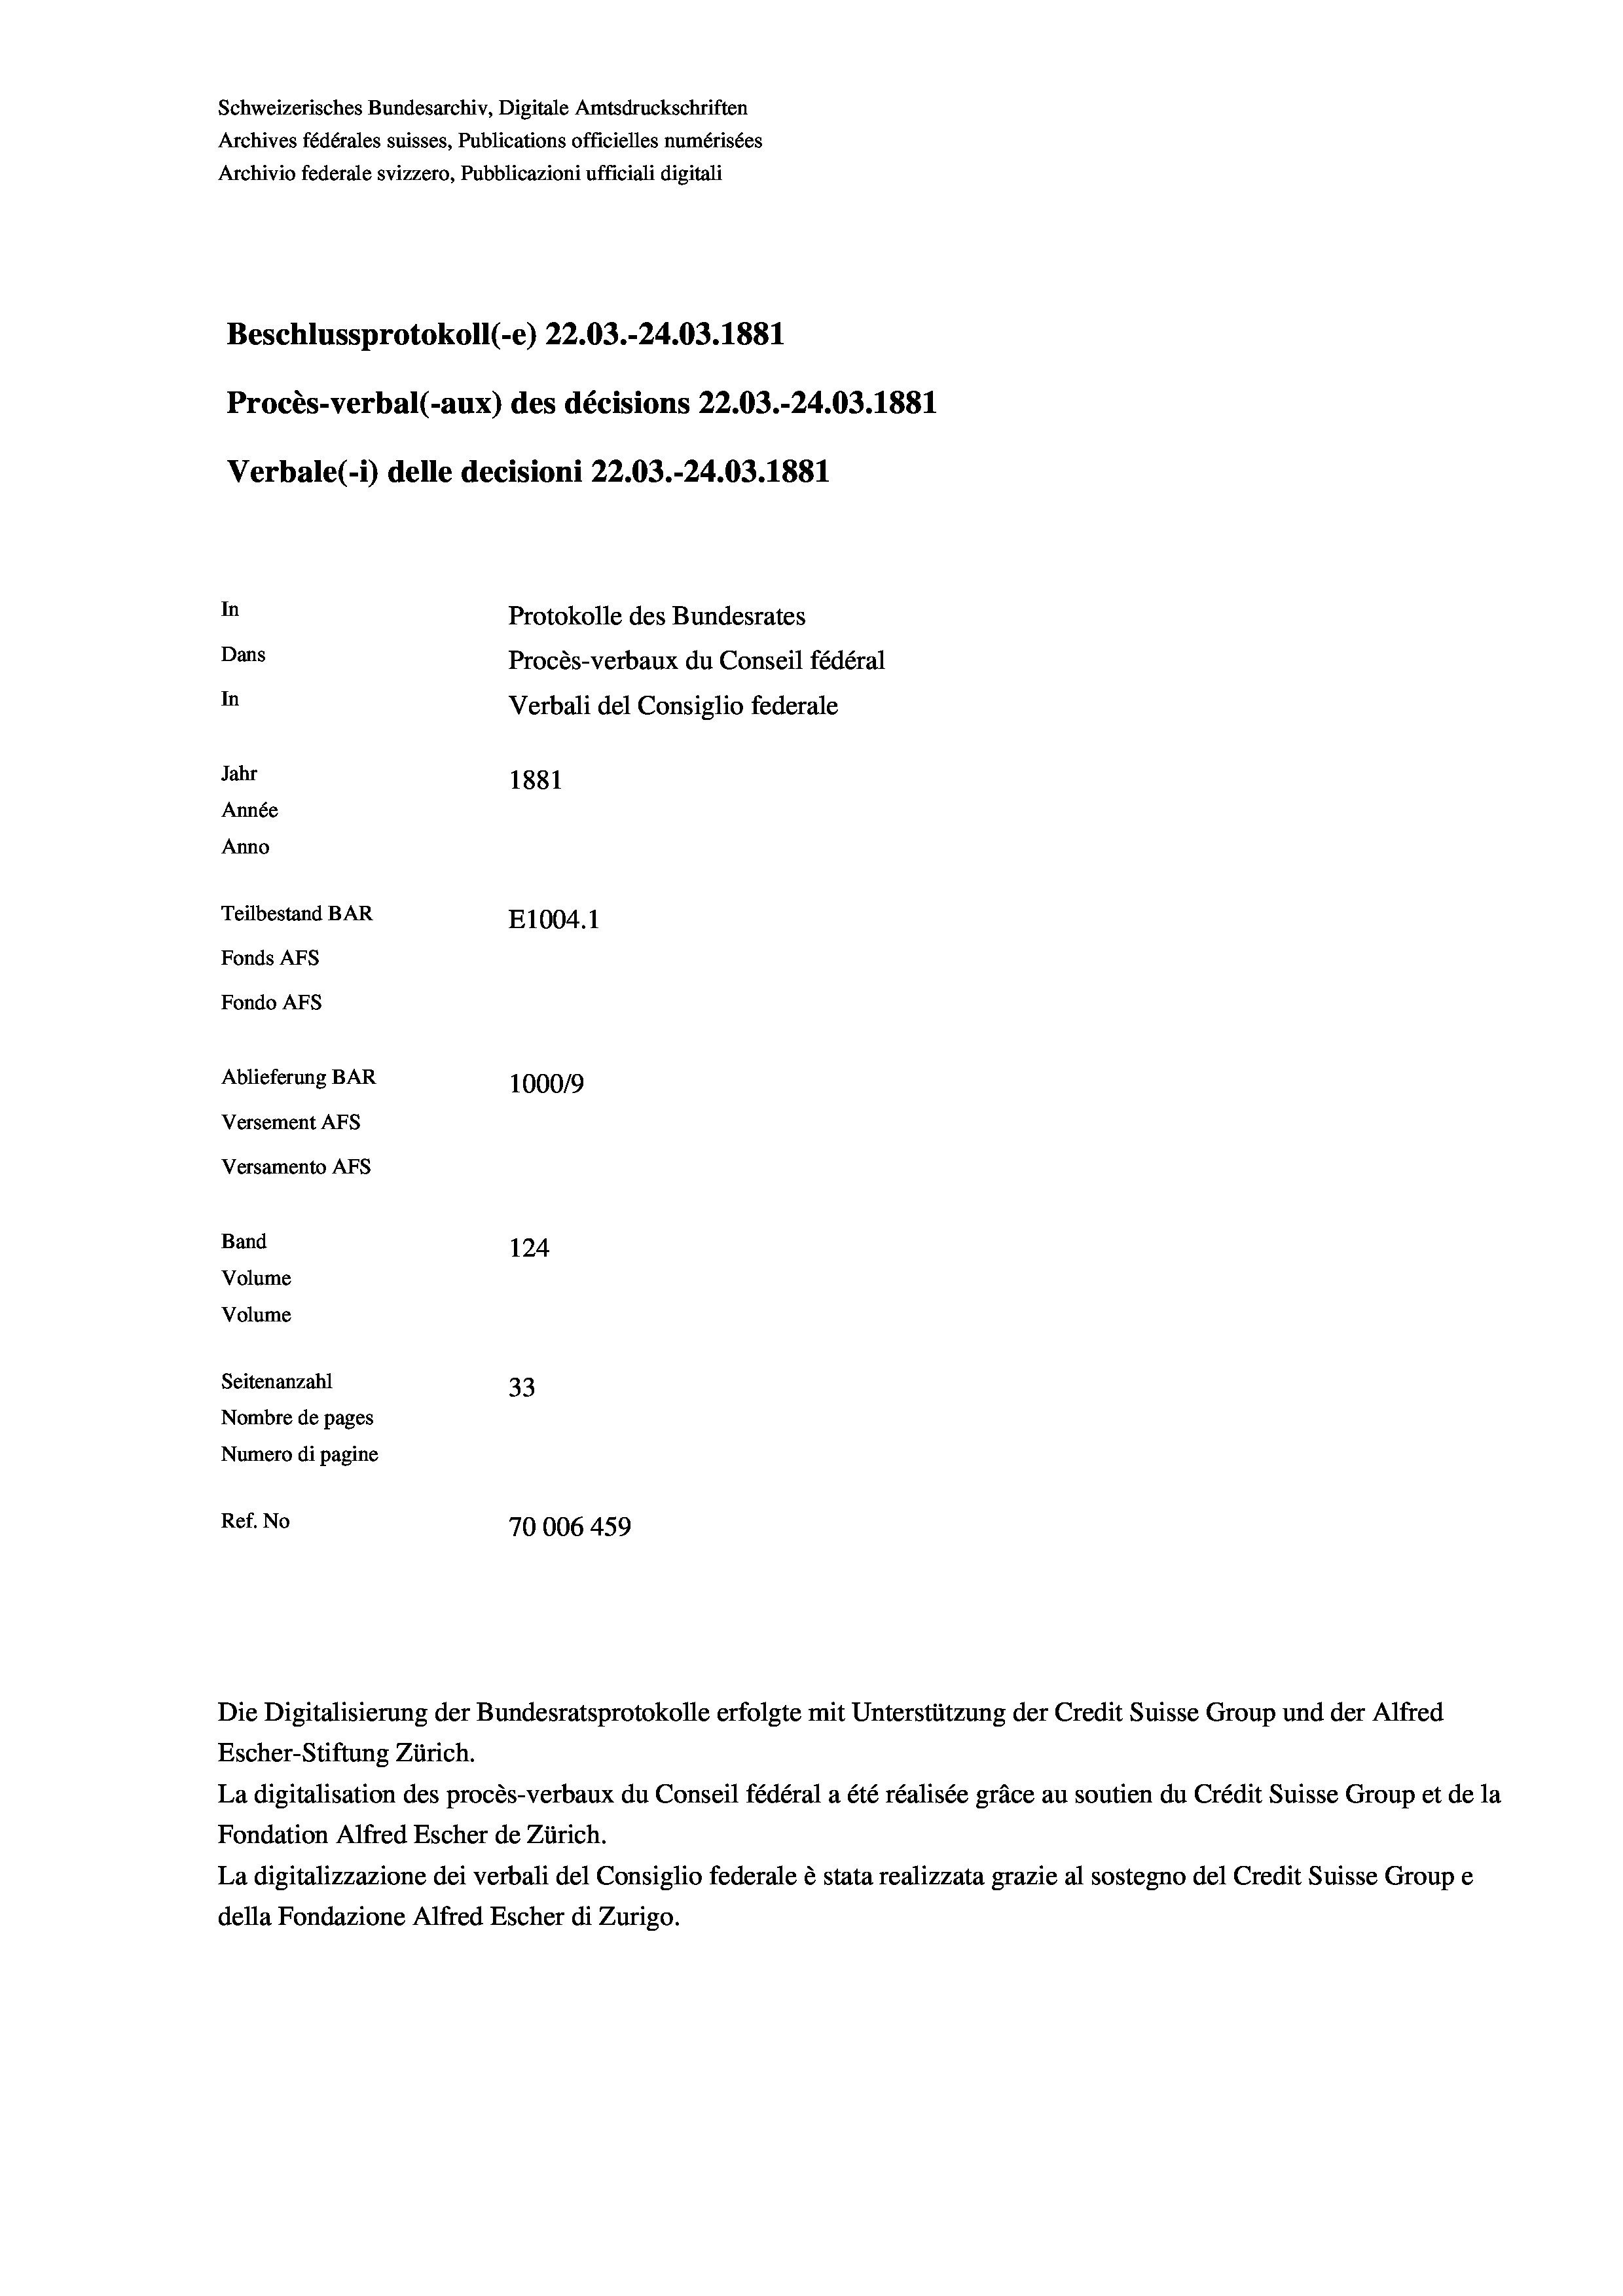
Schweizerisches Bundesarchiv, Digitale Amtsdruckschriften
Archives fédérales suisses, Publications officielles numérisées
Archivio federale svizzero, Pubblicazioni ufficiali digitali
Beschlussprotokoll (-e) 22.03.-24.03. 1881
Procès-verbal (-aux) des décisions 22.03.-24.03. 1881
Verbale (- 1) delle decisioni 22.03.-24.03. 1881
In
Protokolle des Bundesrates
Dans
Procès-verbaux du Conseil fédéral
In
Verbali del Consiglio federale
Jahr
1881
Année
Anno
Teilbestand BAR
E1004. 1
Fonds AFs
Fondo Afs
Ablieferung BAR
100019
Versement AFs
Versamento Afs
Band
124
Volume
Volume
Seitenanzahl
33
Nombre de pages
Numero di pagine
Ref. No
70006 459

Escher-Stiftung Zürich.
La digitalisation des procès-verbaux du Conseil fédéral a été réalisée gräce au soutien du Crédit Suisse Group et de la
Fondation Alfred Escher de Zürich.
La digitalizzazione dei verbali del Consiglio federale è stata realizzata grazie al sostegno del Credit Suisse Groupe
della Fondazione Alfred Escher di Zurigo.

Die Digitalisierung der Bundesratsprotokolle erfolgte mit Unterstützung der Credit Suisse Group und der Alfred